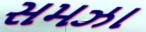
સમઝા